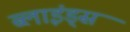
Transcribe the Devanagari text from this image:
ब्लाइंड्स